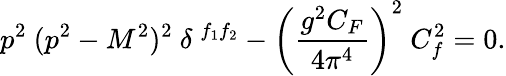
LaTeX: p^{2}\ (p^{2}-M^{2})^{2}\ \delta\ ^{f_{1}f_{2}}-\left(\frac{g^{2}C_{F}}{4\pi^{4}}\right)^{2}\ C_{f}^{2}=0.